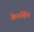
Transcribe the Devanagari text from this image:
केनशिन